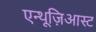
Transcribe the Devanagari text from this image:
एन्थूज़िआस्ट